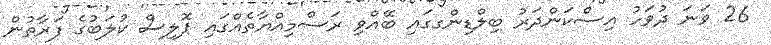
26 ވަނަ ދުވަހު އިސްކަންދަރު ބިލްޑިންގގައި ބޭއްވި ރަސްމިއްޔާތެއްގައި ޕޮލިސް ކުލަބުގެ ފަރާތުން